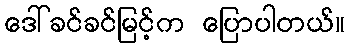
ဒေါ်ခင်ခင်မြင့်က ပြောပါတယ်။